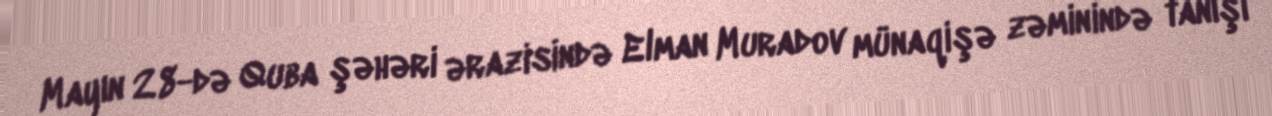
Mayın 28-də Quba şəhəri ərazisində Elman Muradov münaqişə zəminində tanışı